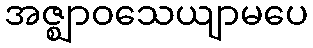
အဇ္ဈာဝသေယျာမပေ